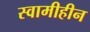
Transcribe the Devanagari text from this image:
स्वामीहीन